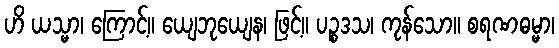
ဟိ ယသ္မာ၊ ကြောင့်။ ယျေဘုယျေန၊ ဖြင့်။ ပဉ္စဒသ၊ ကုန်သော။ စရဏဓမ္မာ၊